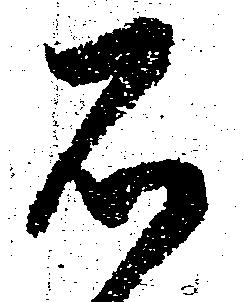
石